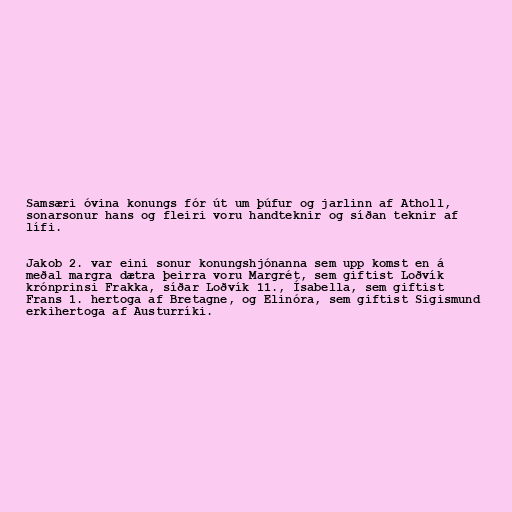
Samsæri óvina konungs fór út um þúfur og jarlinn af Atholl,
sonarsonur hans og fleiri voru handteknir og síðan teknir af
lífi.

Jakob 2. var eini sonur konungshjónanna sem upp komst en á
meðal margra dætra þeirra voru Margrét, sem giftist Loðvík
krónprinsi Frakka, síðar Loðvík 11., Ísabella, sem giftist
Frans 1. hertoga af Bretagne, og Elinóra, sem giftist Sigismund
erkihertoga af Austurríki.